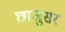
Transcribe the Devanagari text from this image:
छाजुसर